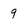
Character: 9